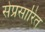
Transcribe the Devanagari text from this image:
सेप्रसारित